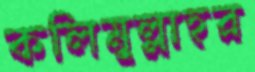
কলিমুল্লাহর